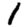
Digit: 1